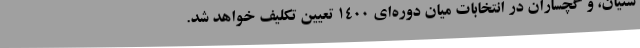
شتیان، و گچساران در انتخابات میان دوره‌ای 1400 تعیین تکلیف خواهد شد.